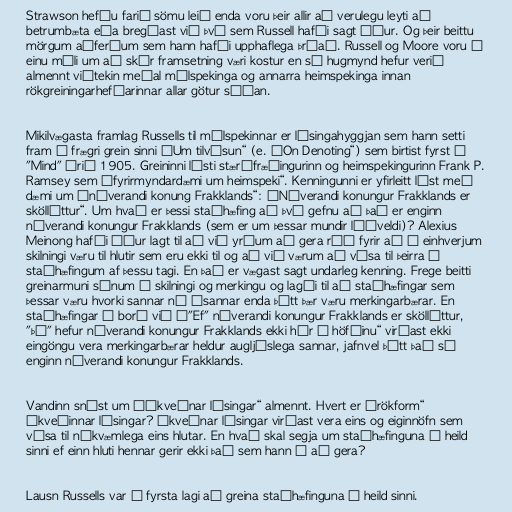
Strawson hefðu farið sömu leið enda voru þeir allir að verulegu leyti að
betrumbæta eða bregðast við því sem Russell hafði sagt áður. Og þeir beittu
mörgum aðferðum sem hann hafði upphaflega þróað. Russell og Moore voru á
einu máli um að skýr framsetning væri kostur en sú hugmynd hefur verið
almennt viðtekin meðal málspekinga og annarra heimspekinga innan
rökgreiningarhefðarinnar allar götur síðan.

Mikilvægasta framlag Russells til málspekinnar er lýsingahyggjan sem hann setti
fram í frægri grein sinni „Um tilvísun“ (e. „On Denoting“) sem birtist fyrst í
"Mind" árið 1905. Greininni lýsti stærðfræðingurinn og heimspekingurinn Frank P.
Ramsey sem „fyrirmyndardæmi um heimspeki“. Kenningunni er yfirleitt lýst með
dæmi um „núverandi konung Frakklands“: „Núverandi konungur Frakklands er
sköllóttur“. Um hvað er þessi staðhæfing að því gefnu að það er enginn
núverandi konungur Frakklands (sem er um þessar mundir lýðveldi)? Alexius
Meinong hafði áður lagt til að við yrðum að gera ráð fyrir að í einhverjum
skilningi væru til hlutir sem eru ekki til og að við værum að vísa til þeirra í
staðhæfingum af þessu tagi. En það er vægast sagt undarleg kenning. Frege beitti
greinarmuni sínum á skilningi og merkingu og lagði til að staðhæfingar sem
þessar væru hvorki sannar né ósannar enda þótt þær væru merkingarbærar. En
staðhæfingar á borð við „"Ef" núverandi konungur Frakklands er sköllóttur,
"þá" hefur núverandi konungur Frakklands ekki hár á höfðinu“ virðast ekki
eingöngu vera merkingarbærar heldur augljóslega sannar, jafnvel þótt það sé
enginn núverandi konungur Frakklands.

Vandinn snýst um „ákveðnar lýsingar“ almennt. Hvert er „rökform“
ákveðinnar lýsingar? Ákveðnar lýsingar virðast vera eins og eiginnöfn sem
vísa til nákvæmlega eins hlutar. En hvað skal segja um staðhæfinguna í heild
sinni ef einn hluti hennar gerir ekki það sem hann á að gera?

Lausn Russells var í fyrsta lagi að greina staðhæfinguna í heild sinni.